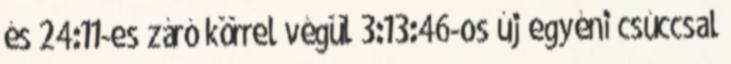
és 24:11-es záró körrel végül 3:13:46-os új egyéni csúccsal